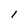
Character: 1